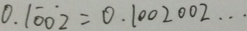
0 . 1 \dot { 0 } \dot { 0 } 2 = 0 . 1 0 0 2 0 0 2 \cdots